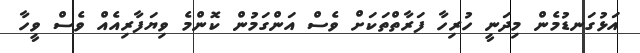
އަޅުގަނޑުމެން މިދަނީ ހުރިހާ ފަރާތްތަކަށް ވެސް އަންގަމުން ކޮންމެ ވިޔަފާރިއެއް ވެސް ވީހާ